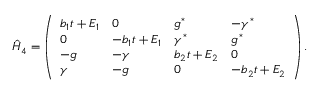
{ \hat { \cal H } } _ { 4 } = \left( \begin{array} { l l l l } { b _ { 1 } t + E _ { 1 } } & { 0 } & { g ^ { * } } & { - \gamma ^ { * } } \\ { 0 } & { - b _ { 1 } t + E _ { 1 } } & { \gamma ^ { * } } & { g ^ { * } } \\ { - g } & { - \gamma } & { b _ { 2 } t + E _ { 2 } } & { 0 } \\ { \gamma } & { - g } & { 0 } & { - b _ { 2 } t + E _ { 2 } } \end{array} \right) .